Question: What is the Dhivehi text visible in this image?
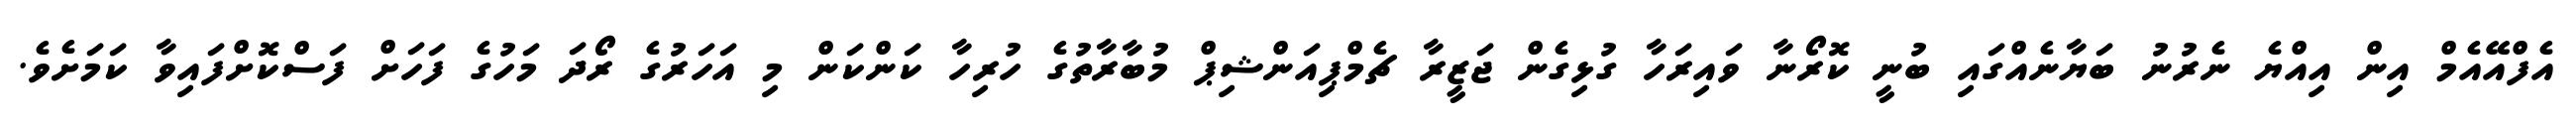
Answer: އެފްއޭއެމް އިން އިއްޔެ ނެރުނު ބަޔާނެއްގައި ބުނީ ކޮރޯނާ ވައިރަހާ ގުޅިގެން ޖަޒީރާ ޗެމްޕިއަންޝިޕް މުބާރާތުގެ ހުރިހާ ކަންކަން މި އަހަރުގެ ރޯދަ މަހުގެ ފަހަށް ފަސްކޮށްފައިވާ ކަމަށެވެ.